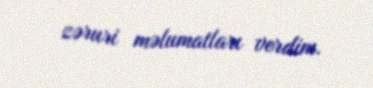
zəruri məlumatları verdim.